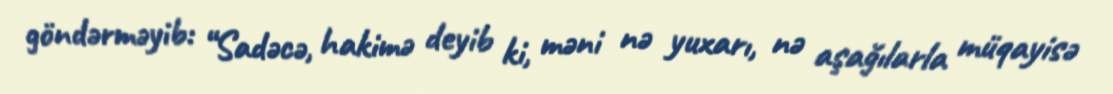
göndərməyib: “Sadəcə, hakimə deyib ki, məni nə yuxarı, nə aşağılarla müqayisə